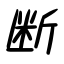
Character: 断